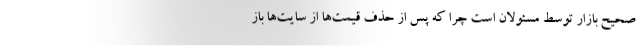
صحیح بازار توسط مسئولان است چرا که پس از حذف قیمت‌ها از سایت‌ها باز